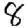
Digit: 8